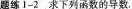
题练1-2求下列函数的导数。